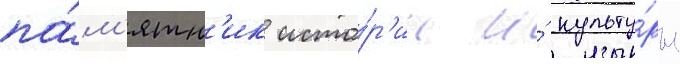
па́м'ятн'ик исто́р'ии и́ культу́ры